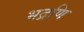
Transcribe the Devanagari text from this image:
भद्रणि